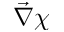
\vec { \nabla } \chi